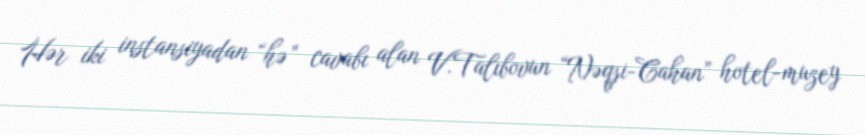
Hər iki instansiyadan “hə” cavabı alan V.Talıbovun “Nəqşi-Cahan” hotel-muzey